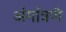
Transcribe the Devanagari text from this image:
अंगांत्रणे